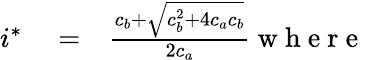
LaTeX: \begin{array}{rlr}{i^{*}}&{{}=}&{\frac{c_{b}+\sqrt{c_{b}^{2}+4c_{a}c_{b}}}{2c_{a}}\mathrm{~w~h~e~r~e~}}\end{array}